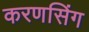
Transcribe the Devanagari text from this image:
करणसिंग